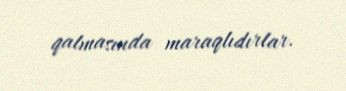
qalmasında maraqlıdırlar.